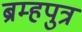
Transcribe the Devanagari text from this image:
ब्रम्हपुत्र